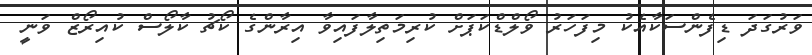
ވަރުގަދަ ޑިފެންސަކާއެކު މިފަހަރު ވޯލްޑްކަޕަށް ކުރިމަތިލާފައިވާ އިރާންގެ ކޯޗު ކާލޯސް ކުއިރޯޒް ވަނީ